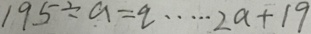
1 9 5 \div a = q \cdots 2 a + 1 9